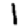
Digit: 1